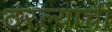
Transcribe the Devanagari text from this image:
ठरल्याची